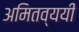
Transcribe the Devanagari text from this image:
अमितव्ययी